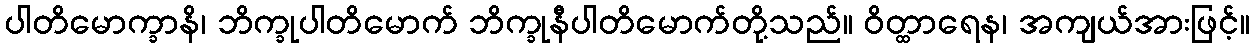
ပါတိမောက္ခာနိ၊ ဘိက္ခုပါတိမောက် ဘိက္ခုနီပါတိမောက်တို့သည်။ ဝိတ္ထာရေန၊ အကျယ်အားဖြင့်။